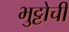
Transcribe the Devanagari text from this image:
भुट्टोची